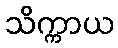
သိက္ကာယ